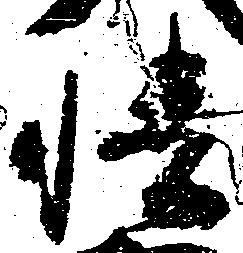
幡